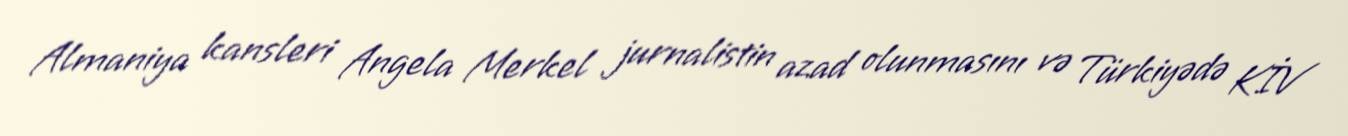
Almaniya kansleri Angela Merkel jurnalistin azad olunmasını və Türkiyədə KİV